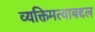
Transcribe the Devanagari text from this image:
व्यक्तिमत्वाबद्दल